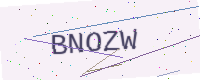
Text: BNOZW